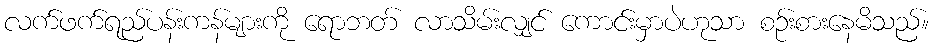
လက်ဖက်ရည်ပန်းကန်များကို ရောဘတ် လာသိမ်းလျှင် ကောင်းမှာပဲဟုသာ စဉ်းစားနေမိသည်။